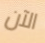
الآن